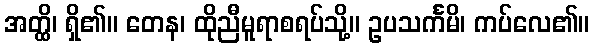
အတ္ထိ၊ ရှိ၏။ တေန၊ ထိုညီမူရာစရပ်သို့။ ဥပသင်္ကမိ၊ ကပ်လေ၏။